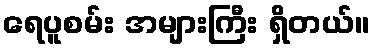
ရေပူစမ်း အများကြီး ရှိတယ်။